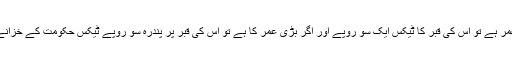
دفن ہونے والا اگر کم عمر ہے تو اس کی قبر کا ٹیکس ایک سو روپے اور اگر بڑی عمر کا ہے تو اس کی قبر پر پندرہ سو روپے ٹیکس حکومت کے خزانے میں جمع کروانا ہو گا۔